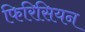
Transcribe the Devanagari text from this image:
फिरिसियन